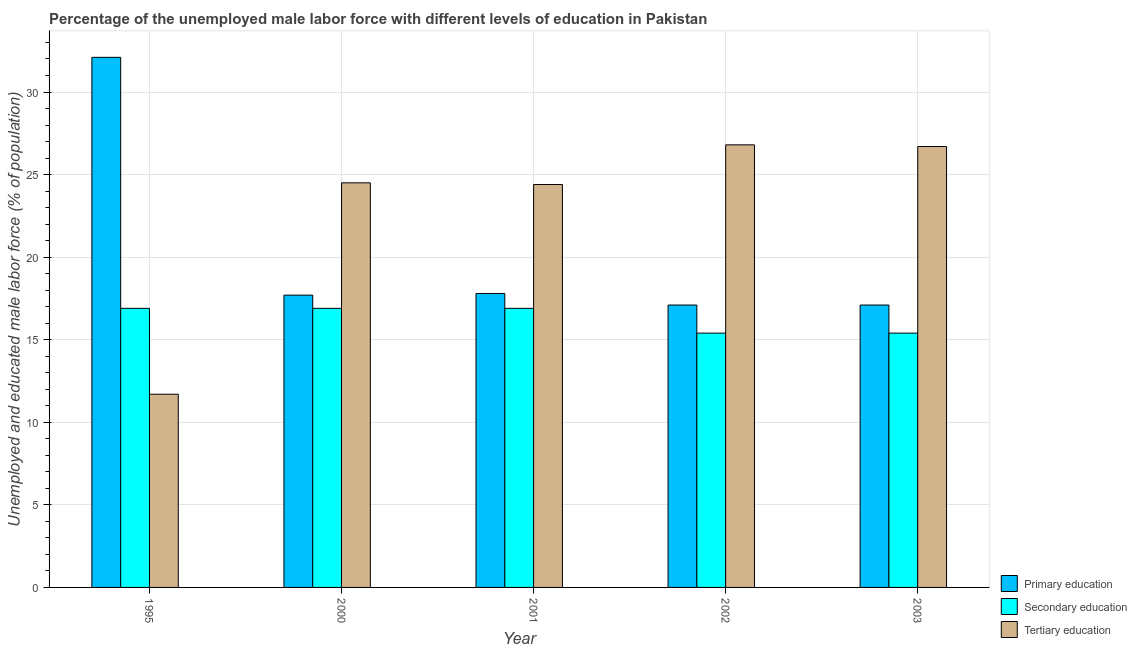
| Year | Primary education | Secondary education | Tertiary education |
 | --- | --- | --- | --- |
 | 1995 | 32.1 | 16.9 | 11.7 |
 | 2000 | 17.7 | 16.9 | 24.5 |
 | 2001 | 17.8 | 16.9 | 24.4 |
 | 2002 | 17.1 | 15.4 | 26.8 |
 | 2003 | 17.1 | 15.4 | 26.7 |